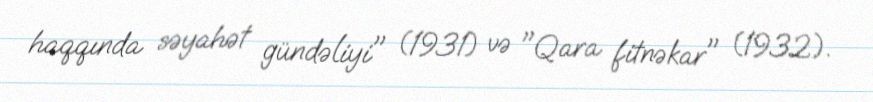
haqqında səyahət gündəliyi" (1931) və "Qara fitnəkar" (1932).